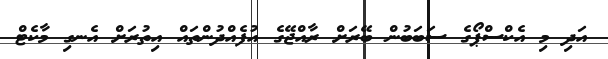
އަދި މި އެކްސްޕޯގެ ސަބަބުން ބޭރަށް ރާއްޖޭގެ އުފެއްދުންތައް އިތުރަށް އެނގި މާކެޓް